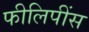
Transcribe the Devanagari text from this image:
फीलिपींस